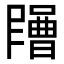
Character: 𡂶